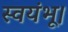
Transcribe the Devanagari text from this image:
स्वयंभू।